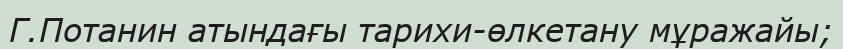
Г.Потанин атындағы тарихи-өлкетану мұражайы;